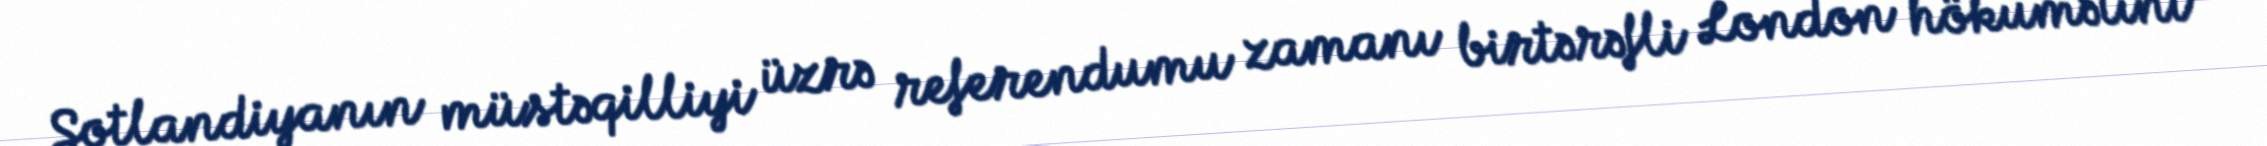
Şotlandiyanın müstəqilliyi üzrə referendumu zamanı birtərəfli London hökumətini